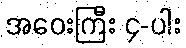
အဝေးကြီး ၄-ပါး